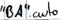
Text: "BA".auto